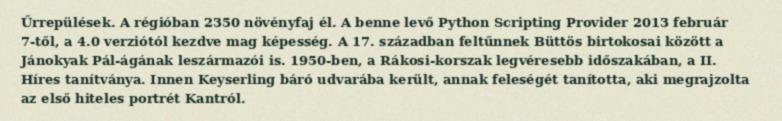
Űrrepülések. A régióban 2350 növényfaj él. A benne levő Python Scripting Provider 2013 február 7-től, a 4.0 verziótól kezdve mag képesség. A 17. században feltűnnek Büttös birtokosai között a Jánokyak Pál-ágának leszármazói is. 1950-ben, a Rákosi-korszak legvéresebb időszakában, a II. Híres tanítványa. Innen Keyserling báró udvarába került, annak feleségét tanította, aki megrajzolta az első hiteles portrét Kantról.